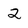
Character: 2